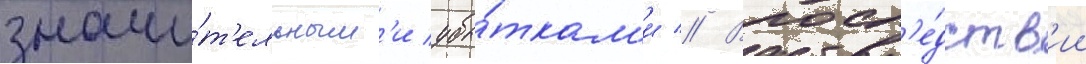
значи́т'ельным'и убы́ткам'и // Впосл'е́дств'ии